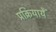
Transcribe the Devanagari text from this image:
प्रक्रियायेँ